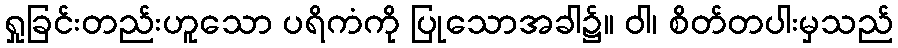
ရှုခြင်းတည်းဟူသော ပရိကံကို ပြုသောအခါ၌။ ဝါ၊ စိတ်တပါးမှသည်